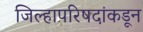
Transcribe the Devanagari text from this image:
जिल्हापरिषदांकडून